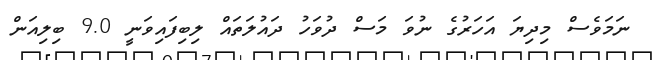
ނަމަވެސް މިދިޔަ އަހަރުގެ ނުވަ މަސް ދުވަހު ދައުލަތައް ލިބިފައިވަނީ 9.0 ބިލިއަން